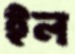
ইল